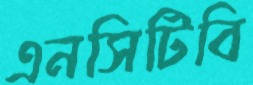
এনসিটিবি